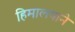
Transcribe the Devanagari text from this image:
हिमालयाने